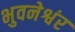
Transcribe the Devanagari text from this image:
भुवनेश्वंर